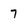
Character: 7